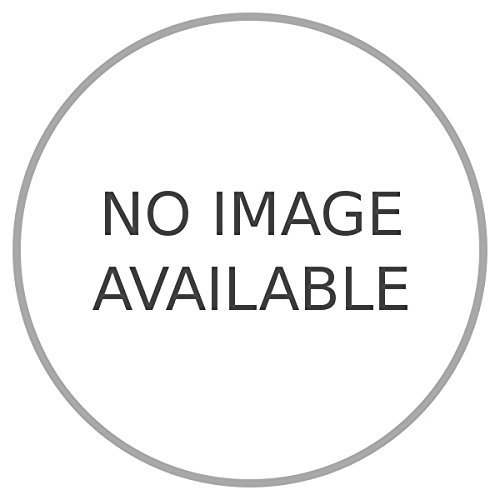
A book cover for The Rhodesias and Nyasaland. A pictorial tour of Central Africa.; (KING Ralph W. - DE SMIDT John P.) -; Travel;